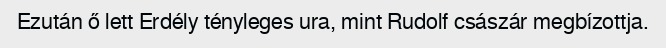
Ezután ő lett Erdély tényleges ura, mint Rudolf császár megbízottja.